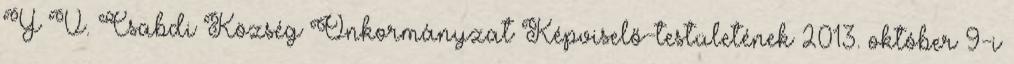
Y V. Csabdi Község Önkormányzat Képviselő-testületének 2013. október 9-i